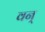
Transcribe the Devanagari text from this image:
वन्